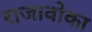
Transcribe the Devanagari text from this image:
राजावोका